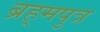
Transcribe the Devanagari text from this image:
ब्रह्‌मपुत्र